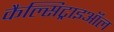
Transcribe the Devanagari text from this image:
कैल्सिट्राइऑल